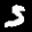
Label: 5